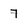
Character: 7